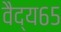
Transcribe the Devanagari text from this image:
वैद्य६५